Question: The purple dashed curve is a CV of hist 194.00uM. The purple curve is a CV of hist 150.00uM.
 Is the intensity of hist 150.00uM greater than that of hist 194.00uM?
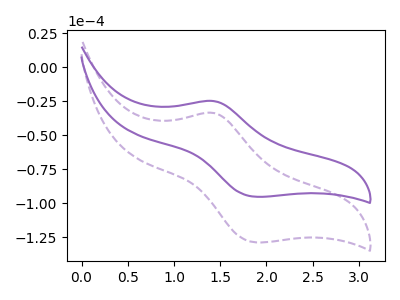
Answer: <think>The purple dashed curve "hist 194.00uM" has an anodic peak at (1.45V, -33.65uA) and a cathodic peak at (1.90V, -128.90uA). The purple curve "hist 150.00uM" has an anodic peak at (1.45V, -24.90uA) and a cathodic peak at (1.90V, -95.35uA).
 All the peaks in "hist 150.00uM" have a peak in "hist 194.00uM" at the same potential.</think>
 <answer>I cant tell if "hist 150.00uM" or "hist 194.00uM" has more signal.</answer>
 <eval>mixed_signal</eval>